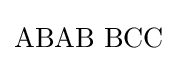
\mathrm {ABAB\,\,BCC}